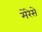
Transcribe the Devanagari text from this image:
मेरेसे